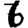
Digit: 6